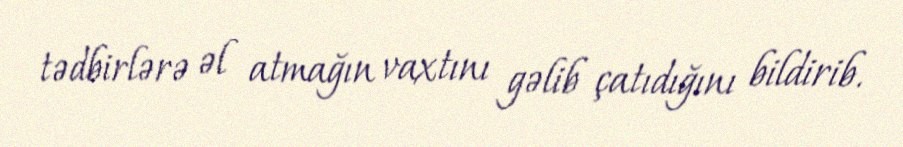
tədbirlərə əl atmağın vaxtını gəlib çatıdığını bildirib.